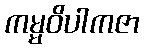
ကမ္မဝိပါကဇာ